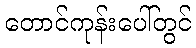
တောင်ကုန်းပေါ်တွင်